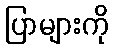
ပြာများကို